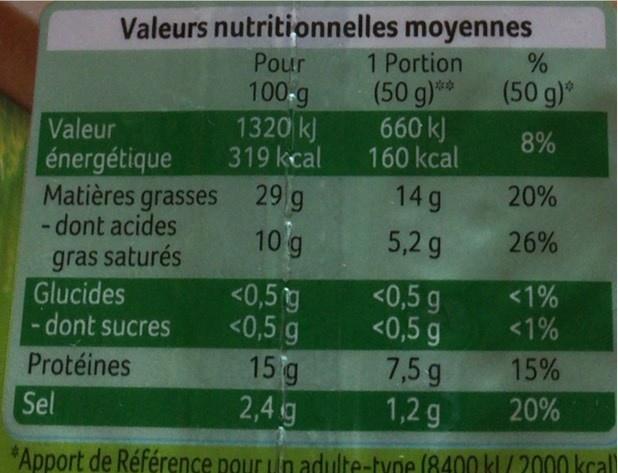
Valeurs nutritionnelles moyennes
Pour
1 Portion
(50 g)
100-g 1320 k) 319 kcal
(50 g)** 660 kJ 160 kcal
Valeur
8%
énergétique Matières grasses - dont acides gras saturés Glucides dont sucres
29 g
14 g
20%
10g
5,2 g
26%
<0,5 g <0,5 g 7,5 g 1,2 g
<1%
<0,5g <0,5 g 15 g 2,4g
<1%
Protéines
15%
Sel
20%
"Apport de Référence pour un adulte-tyne (8400 kl/2000 kcal